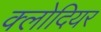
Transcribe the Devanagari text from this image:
क्लोदियर